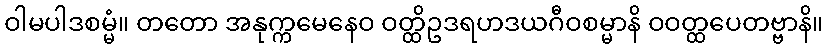
ဝါမပါဒစမ္မံ။ တတော အနုက္ကမေနေဝ ဝတ္ထိဥဒရဟဒယဂီဝစမ္မာနိ ဝဝတ္ထပေတဗ္ဗာနိ။